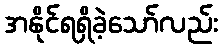
အနိုင်ရရှိခဲ့သော်လည်း